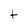
Character: t